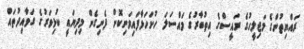
ރައްޔިތުންގެ މަޖިލީހުގެ ރައީސްގެ އިތުބާރުގެ މައްސަލަ ހުށަހަޅާފައިވަނިކޮށް ފެނިގެން މިދިޔައީ ކުޅިވަރުގެ ގަވާއިދުތައް